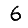
Digit: 6